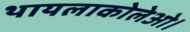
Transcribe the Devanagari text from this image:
थायलाकोलेओ।